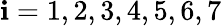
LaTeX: \mathbf{i}=1,2,3,4,5,6,7